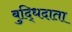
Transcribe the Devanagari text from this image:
बुद्धिदाता